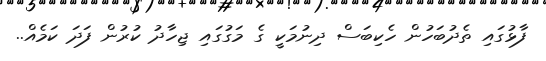
ފާޅުގައި ތެދުބަހުން ހެކިބަސް ދިނުމަކީ ގެ މަގުގައި ޖިހާދު ކުރުން ފަދަ ކަމެއް..